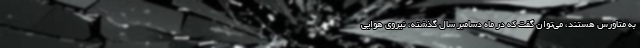
به متاورس هستند، می‌توان گفت که در ماه دسامبر سال گذشته، نیروی هوایی